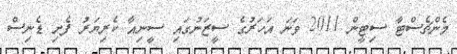
މެންޗެސްޓާ ސިޓީން 2011 ވަނަ އަހަރުގެ ސީޒަނުގައި ސީނިއާ ކެރިޔަރު ފެށި ޑެނިސް